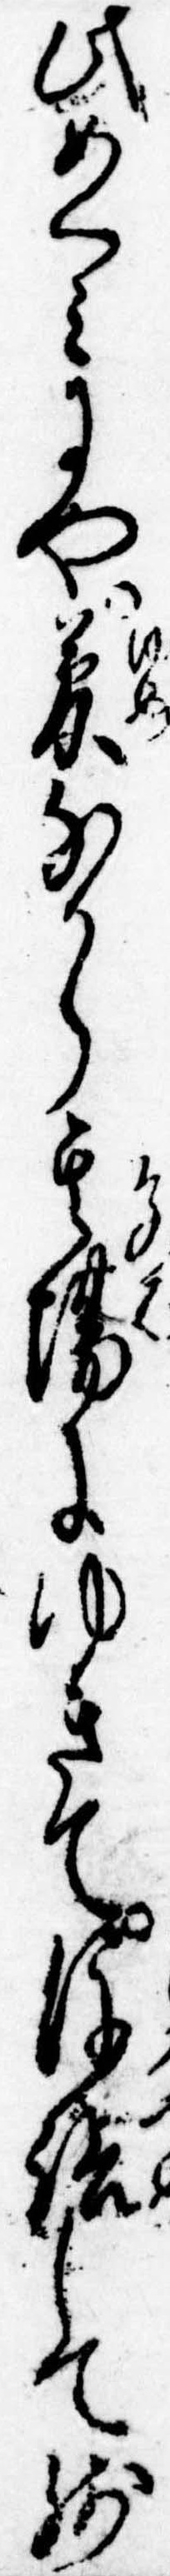
此めくみにや夢なから其場にゆきて後詰して残